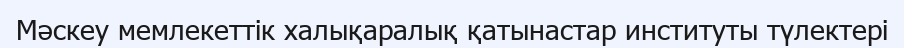
Мәскеу мемлекеттік халықаралық қатынастар институты түлектері